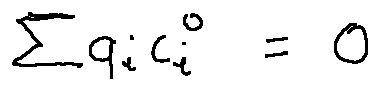
\sum q _ { i } c _ { i } ^ { 0 } = 0